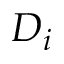
D _ { i }